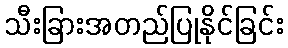
သီးခြားအတည်ပြုနိုင်ခြင်း